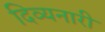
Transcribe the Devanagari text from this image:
दिव्यनारी